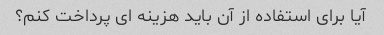
آیا برای استفاده از آن باید هزینه ای پرداخت کنم؟